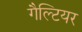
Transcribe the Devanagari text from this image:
गैल्टियर